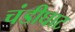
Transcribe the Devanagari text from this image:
चंडीघाट